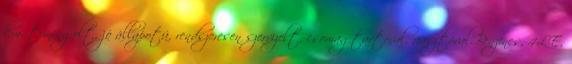
km, tuningolt, jó állapotú, rendszeresen szervizelt, csomagtartóval, riasztóval.Benzines, 4LE,